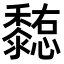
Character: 𪐊